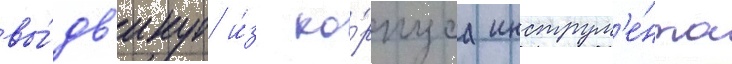
вы́дв'инут и́з ко́рпуса инструм'е́нта